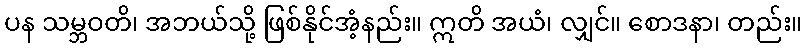
ပန သမ္ဘဝတိ၊ အဘယ်သို့ ဖြစ်နိုင်အံ့နည်း။ ဣတိ အယံ၊ လျှင်။ စောဒနာ၊ တည်း။